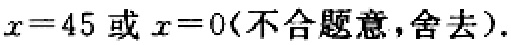
$x = 45\ 或\ x = 0(不合题意,舍去).$